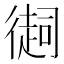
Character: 𢕳